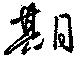
期